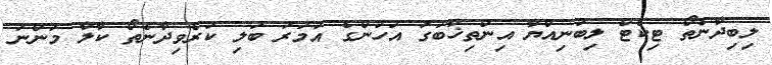
ލިބިދާނެތޯ ޓިކެޓް ލިބުނިއްޔާ އިންތިޚާބުގަ އަހުންގެ އުމަރު ބަލި ކުރެވިދާނެތޯ ކާލާ މަންނަ